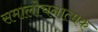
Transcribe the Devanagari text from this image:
समालोचनात्‍मक